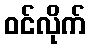
ဝင်လိုက်